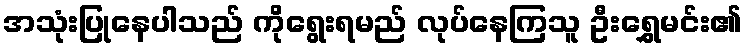
အသုံးပြုနေပါသည် ကိုရွေးရမည် လုပ်နေကြသူ ဦးရွှေမင်း၏